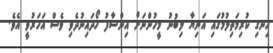
ހިނގި ކުރިމަތިލުމުގައި އަނިޔާ ލިބުނު މީހުންނަށް އިންސާފު ހޯދައިނުދެވި ވެސް އަހަރުވީ އެވެ.